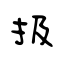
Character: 扱